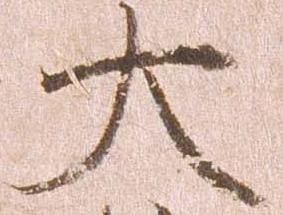
大